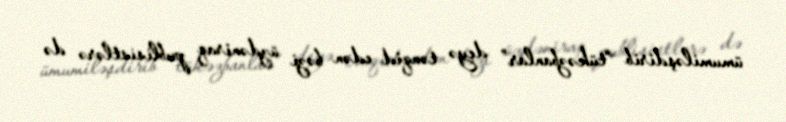
ümumiləşdirib “tükəzbanlar” deyə tənqid edən bəzi üzdəniraq publisistlərə də